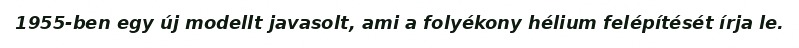
1955-ben egy új modellt javasolt, ami a folyékony hélium felépítését írja le.